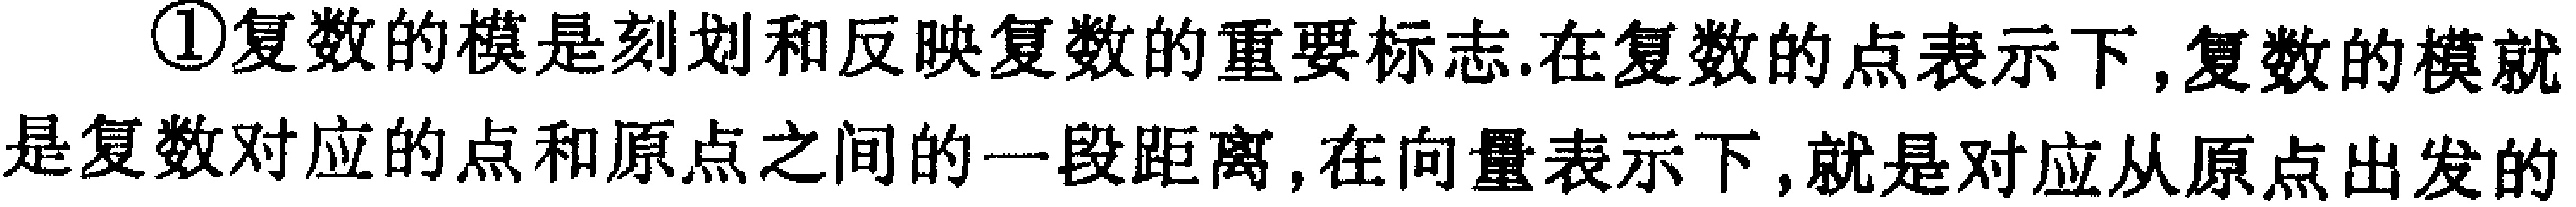
\textcircled{1}复数的模是刻划和反映复数的重要标志.在复数的点表示下,复数的模就是复数对应的点和原点之间的一段距离,在向量表示下,就是对应从原点出发的